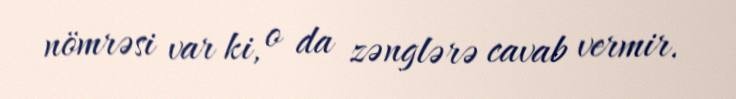
nömrəsi var ki, o da zənglərə cavab vermir.